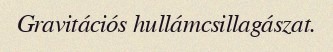
Gravitációs hullámcsillagászat.